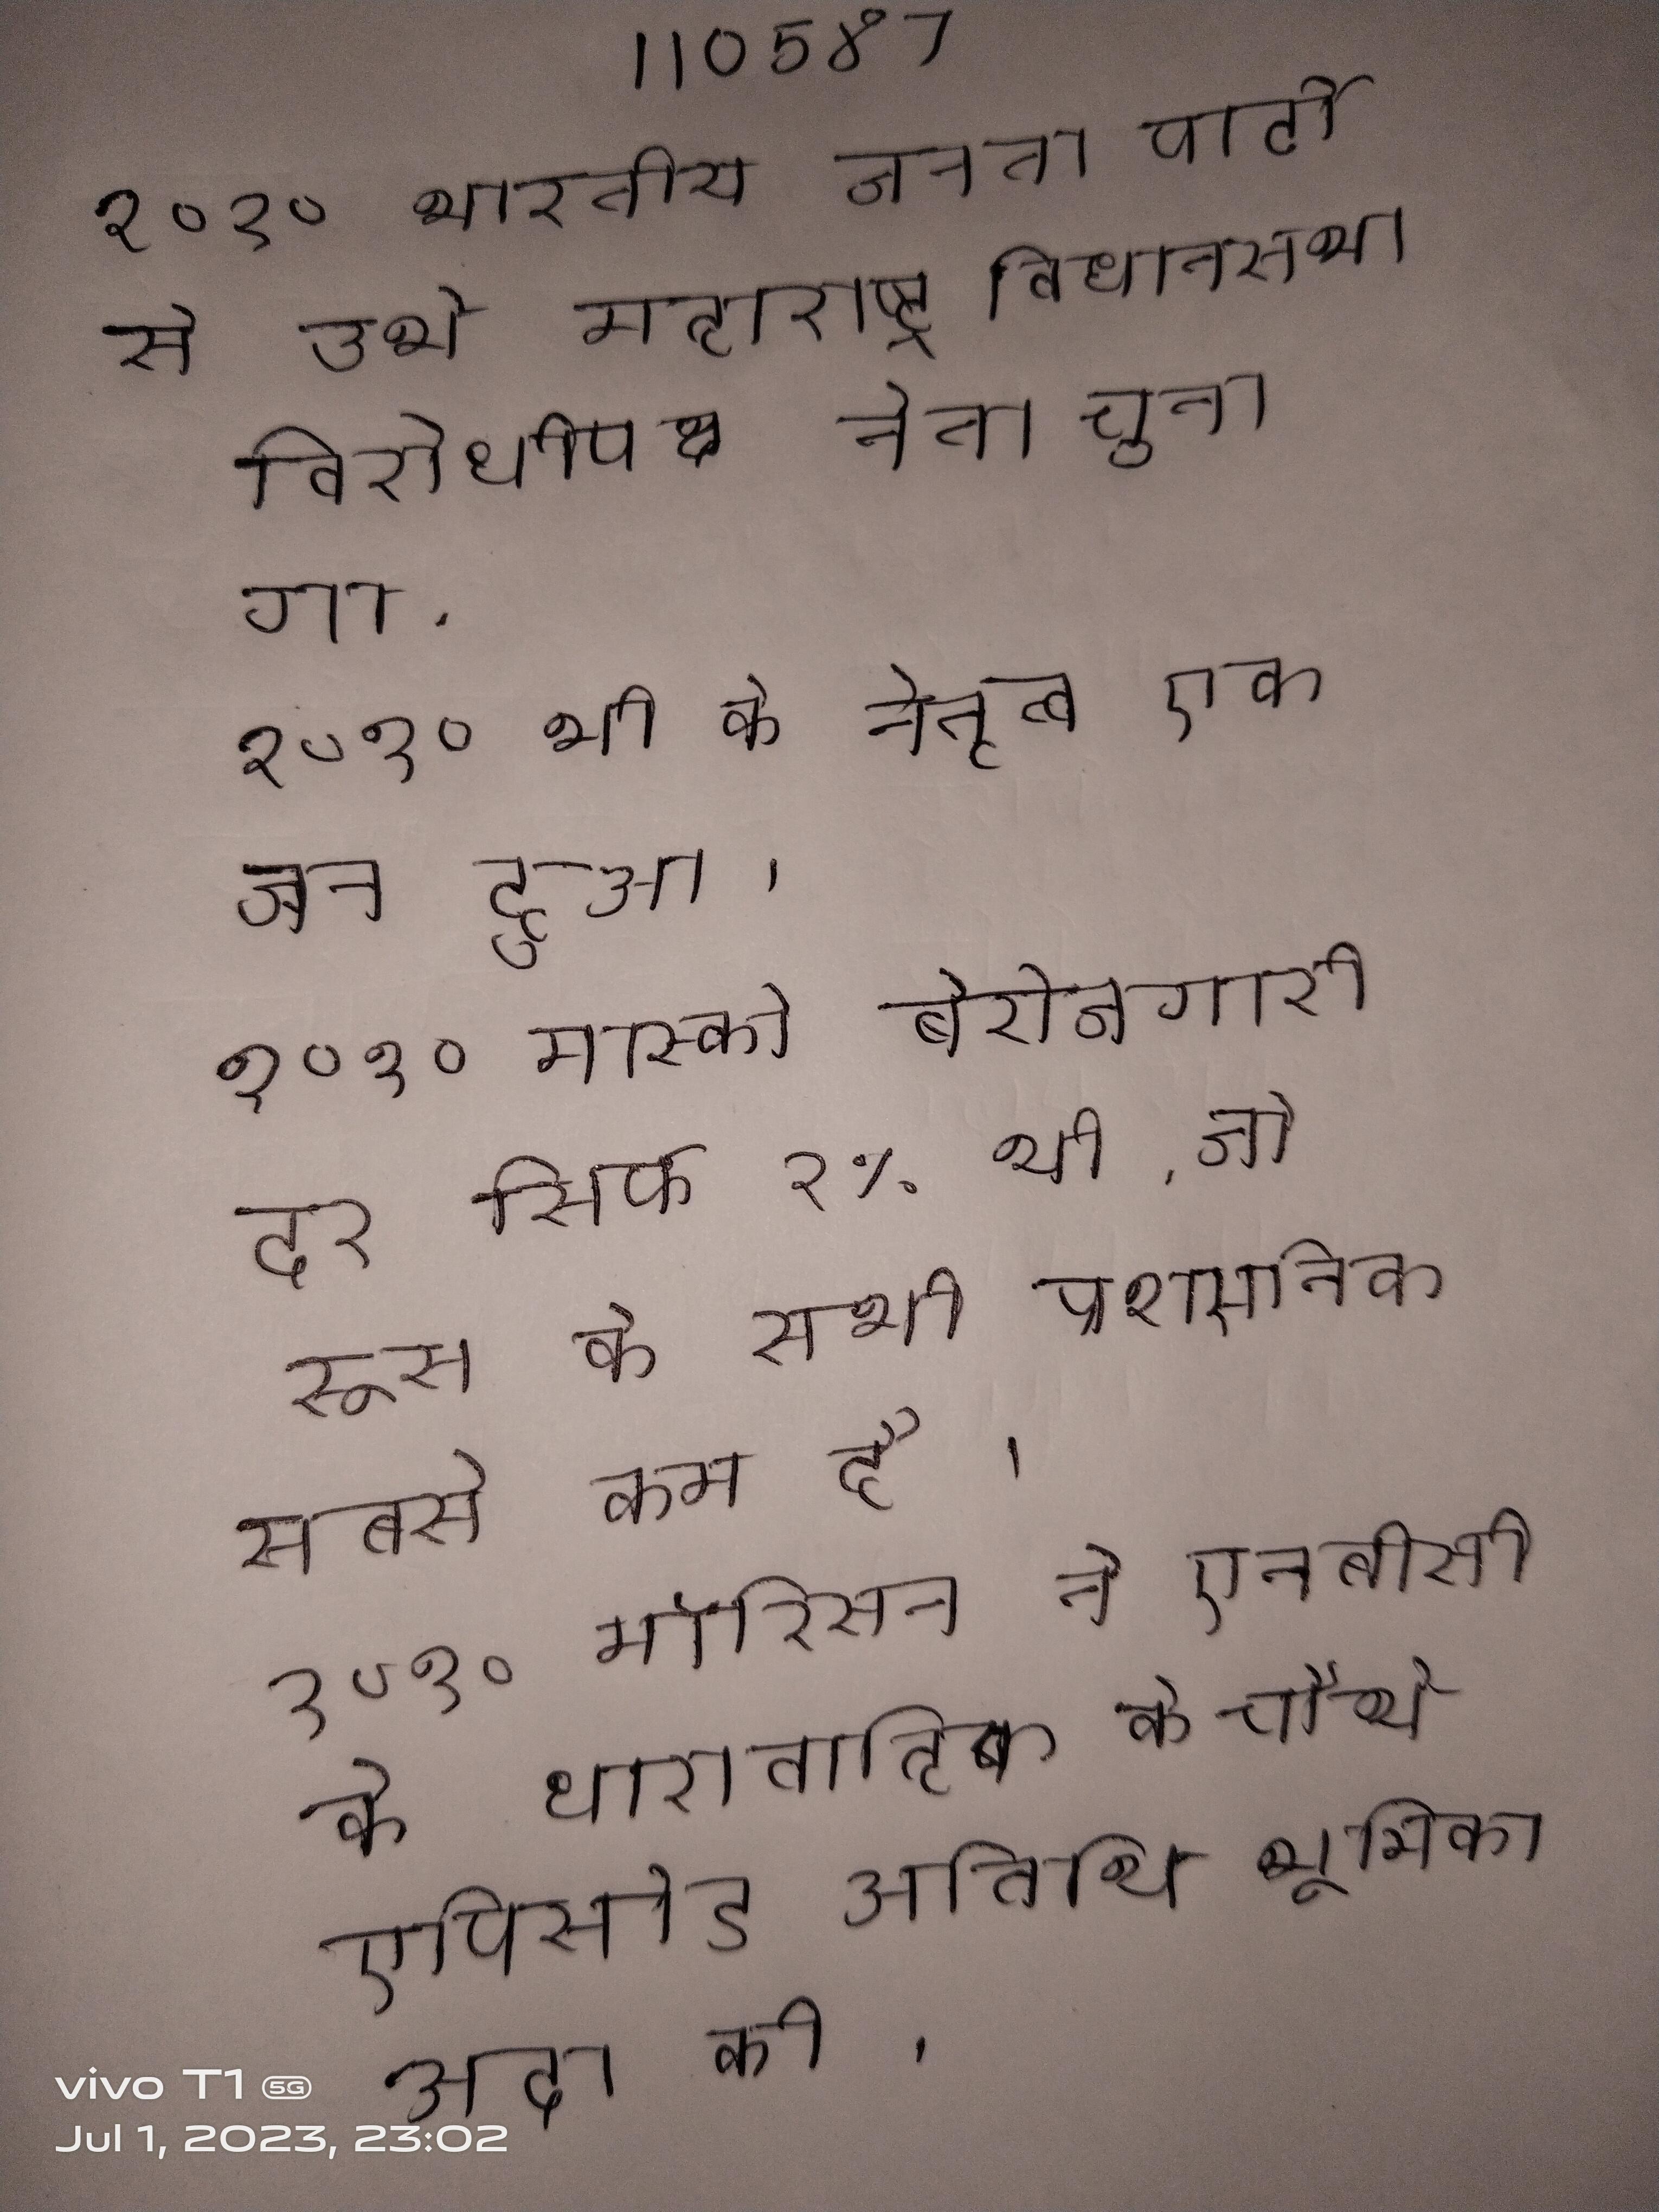
२०१० भारतीय जनता पार्टी से उभे महाराष्ट्र विधानसभा विरोधीपक्ष नेता चुना गया . २०१० भी के नेतृत्व एक जन हुआ । २०१० मास्को बेरोजगारी दर सिर्फ १% थी, जो रूस के सभी प्रशासनिक सबसे कम है । २०१० मॉरिसन ने एनबीसी के धारावाहिक के चौथे एपिसोड अतिथि भूमिका अदा की ।